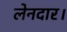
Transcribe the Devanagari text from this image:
लेनदार।